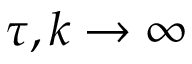
\tau , k \to \infty